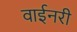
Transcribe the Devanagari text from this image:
वाईनरी